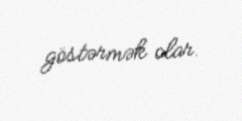
göstərmək olar.